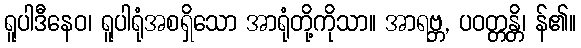
ရူပါဒီနေဝ၊ ရူပါရုံအစရှိသော အာရုံတို့ကိုသာ။ အာရဗ္ဘ, ပဝတ္တန္တိ၊ န်၏။